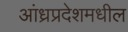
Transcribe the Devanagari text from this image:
आंध्रप्रदेशमधील